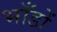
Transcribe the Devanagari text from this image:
भाँडों